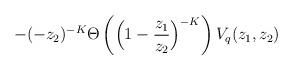
LaTeX: \begin{align*}-(-z_2)^{-K}\Theta\left(\Big(1-\frac{z_1}{z_2}\Big)^{-K}\right) V_q(z_1,z_2)\end{align*}